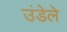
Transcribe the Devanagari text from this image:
उंडेले